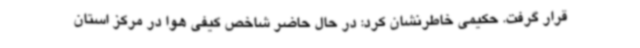
قرار گرفت. حکیمی خاطرنشان کرد: در حال حاضر شاخص کیفی هوا در مرکز استان